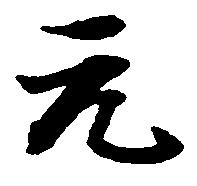
元